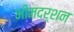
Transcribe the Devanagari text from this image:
भीमदर्शन